65_HS1-834228961_62-HQ-83894_Serial_130
Agency: FBI
Page 1
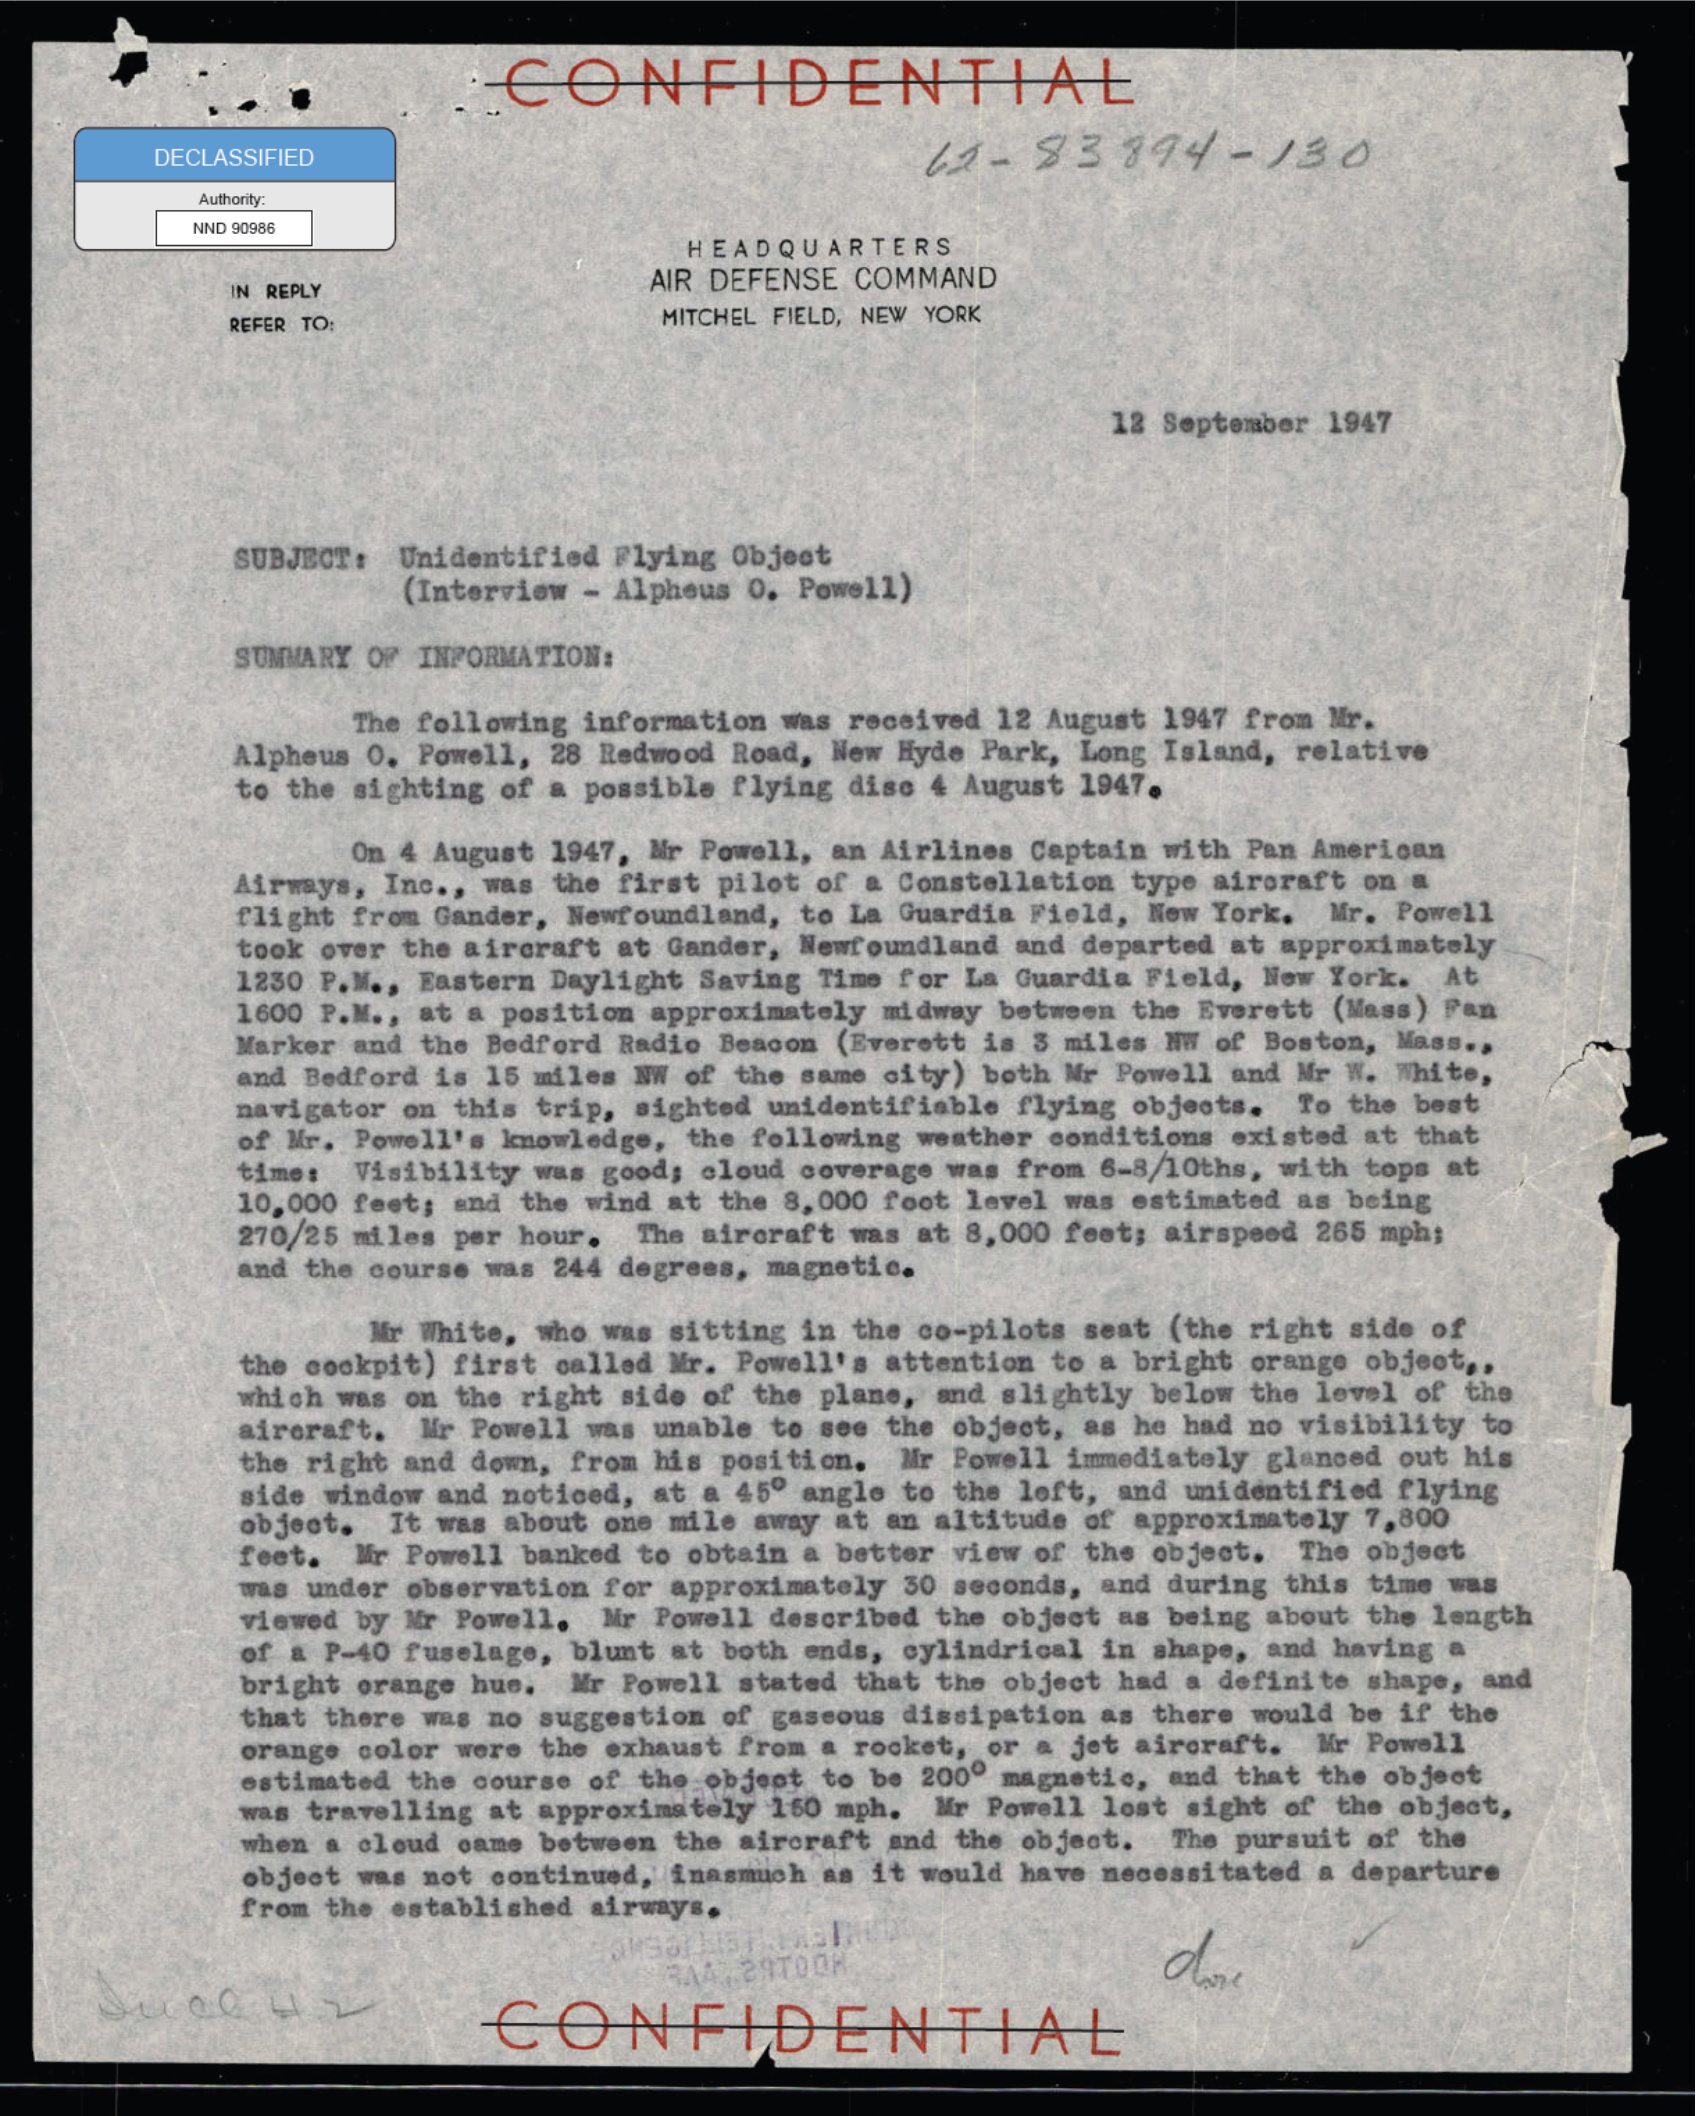